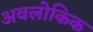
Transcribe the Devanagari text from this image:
अवलोकिक